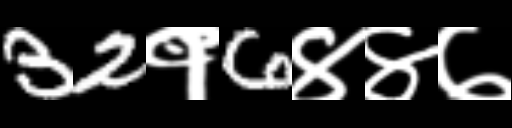
Text: 32१6४४७